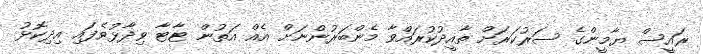
ރައީސް ޔާމީންގެ ސަރުކަރަށް ތާއީދުކުރައްވާ މެންބަރުންނަށް އެއް އަތުން ޓާޓާ ވިދާޅުވެފައި އިދިކޮޅު